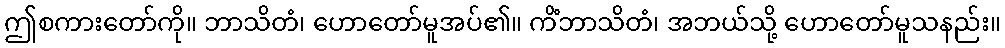
ဤစကားတော်ကို။ ဘာသိတံ၊ ဟောတော်မူအပ်၏။ ကိံဘာသိတံ၊ အဘယ်သို့ ဟောတော်မူသနည်း။